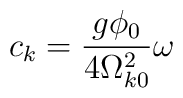
c_k=\frac{g\phi _0}{4\Omega _{k0}^2}\omega